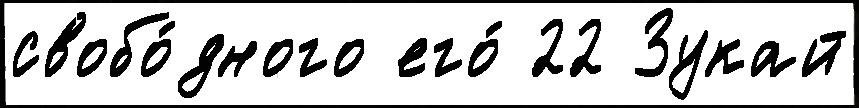
свобо́дного его́ 22 Зукай